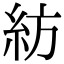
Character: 紡